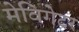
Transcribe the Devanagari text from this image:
मेविगेटर